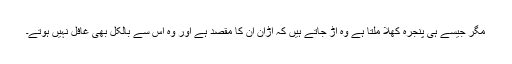
مگر جیسے ہی پنجرہ کھلا ملتا ہے وہ اڑ جاتے ہیں کہ اڑان ان کا مقصد ہے اور وہ اس سے بالکل بھی غافل نہیں ہوتے۔